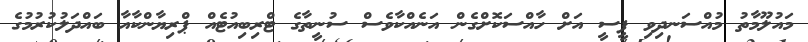
މައުލޫމާތު މުއްސަނދިވި ޕީސީ އަށް ހާއްސަކޮށްގެން އަނެއްކާވެސް ސުނީތާގެ ޓްރިބިއުޓެއް ޕްރިޔާންކާއާ ބައްދަލުކުރުމުގެ